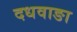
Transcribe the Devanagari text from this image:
दधवाङा